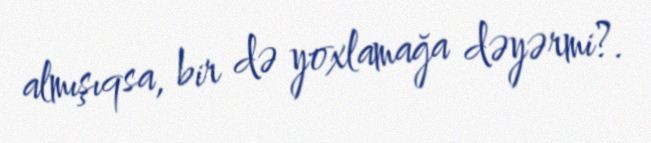
almışıqsa, bir də yoxlamağa dəyərmi?.